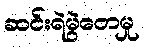
ဆင်းရဲမွဲတေမှု